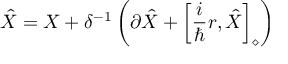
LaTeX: \hat { X } = X + \delta ^ { - 1 } \left( \partial \hat { X } + \left[ \frac { i } { \hbar } r , \hat { X } \right] _ { \diamond } \right)